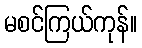
မစင်ကြယ်ကုန်။